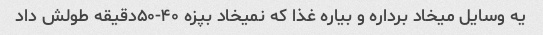
یه وسایل میخاد برداره و بیاره غذا که نمیخاد بپزه ۴۰-۵۰دقیقه طولش داد